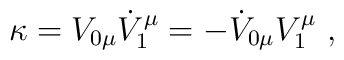
\kappa=V_{0\mu}\dot V_{1}^{\mu}=-\dot V_{0\mu}V_{1}^{\mu}~,